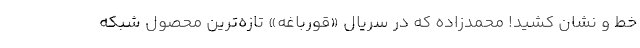
خط و نشان کشید! محمدزاده که در سریال «قورباغه» تازه‌ترین محصول شبکه